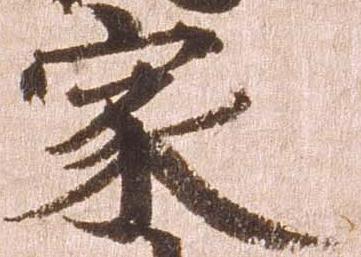
家